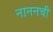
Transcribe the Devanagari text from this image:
नाननची